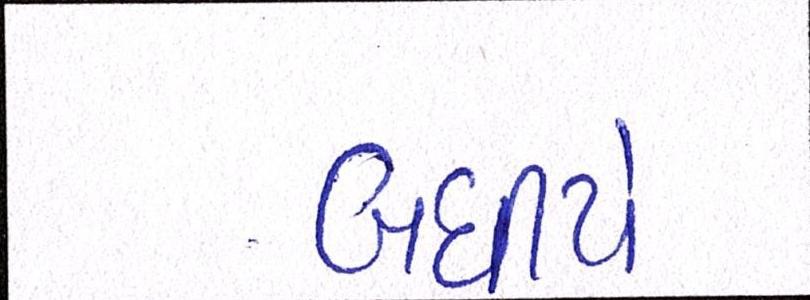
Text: બધીયે